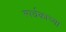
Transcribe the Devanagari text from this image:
स्पर्धकाच्या